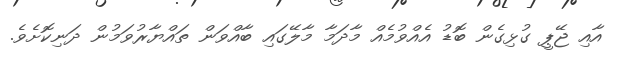
އާއި ޖޭޕީ ގުޅިގެން ބޮޑު އެއްވުމެއް މާދަމާ މާލޭގައި ބާއްވަން ތައްޔާރުވަމުން ދަނިކޮށެވެ.